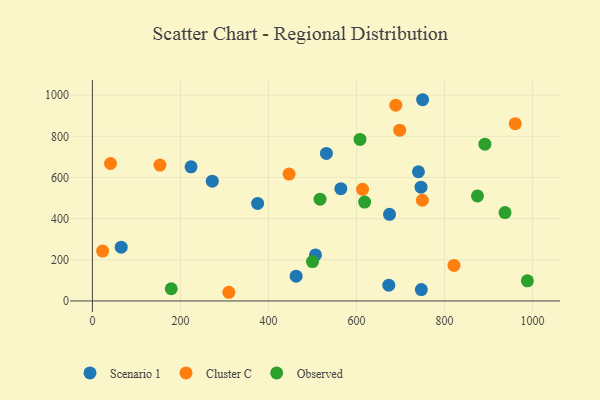
{"axis": {"x": "Ad Spend", "y": "Demand"}, "legend": ["Cluster C", "Observed", "Scenario 1"], "data": [{"x": "750.1", "y": 977.9, "type": "Scenario 1"}, {"x": "462.8", "y": 120.4, "type": "Scenario 1"}, {"x": "564.4", "y": 545.8, "type": "Scenario 1"}, {"x": "673.3", "y": 76.8, "type": "Scenario 1"}, {"x": "747.2", "y": 55.5, "type": "Scenario 1"}, {"x": "740.6", "y": 627.9, "type": "Scenario 1"}, {"x": "65.4", "y": 261.4, "type": "Scenario 1"}, {"x": "375.3", "y": 474.2, "type": "Scenario 1"}, {"x": "674.9", "y": 421.1, "type": "Scenario 1"}, {"x": "224.1", "y": 651.8, "type": "Scenario 1"}, {"x": "746.5", "y": 553.1, "type": "Scenario 1"}, {"x": "272.3", "y": 582.0, "type": "Scenario 1"}, {"x": "506.7", "y": 223.8, "type": "Scenario 1"}, {"x": "531.6", "y": 716.9, "type": "Scenario 1"}, {"x": "960.5", "y": 861.5, "type": "Cluster C"}, {"x": "689.2", "y": 951.5, "type": "Cluster C"}, {"x": "153.4", "y": 660.2, "type": "Cluster C"}, {"x": "446.7", "y": 616.8, "type": "Cluster C"}, {"x": "821.3", "y": 172.7, "type": "Cluster C"}, {"x": "613.7", "y": 542.7, "type": "Cluster C"}, {"x": "23.2", "y": 242.3, "type": "Cluster C"}, {"x": "698.1", "y": 829.8, "type": "Cluster C"}, {"x": "749.6", "y": 489.4, "type": "Cluster C"}, {"x": "41.1", "y": 667.9, "type": "Cluster C"}, {"x": "309.9", "y": 42.2, "type": "Cluster C"}, {"x": "937.3", "y": 429.3, "type": "Observed"}, {"x": "618.4", "y": 480.3, "type": "Observed"}, {"x": "988.1", "y": 98.0, "type": "Observed"}, {"x": "607.9", "y": 784.8, "type": "Observed"}, {"x": "874.7", "y": 510.6, "type": "Observed"}, {"x": "179.1", "y": 59.4, "type": "Observed"}, {"x": "517.1", "y": 494.4, "type": "Observed"}, {"x": "500.0", "y": 191.6, "type": "Observed"}, {"x": "891.6", "y": 762.1, "type": "Observed"}]}